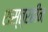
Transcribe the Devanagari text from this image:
शस्त्रहीन